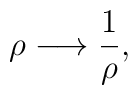
\rho \longrightarrow \frac{1}{\rho},